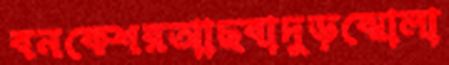
বনকেশরআছবাদুড়ঝোলা